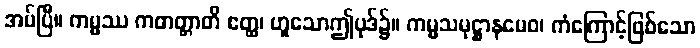
အပ်ပြီ။ ကမ္မဿ ကတတ္တာတိ ဧတ္ထ၊ ဟူသောဤပုဒ်၌။ ကမ္မသမုဋ္ဌာနမေဝ၊ ကံကြောင့်ဖြစ်သော